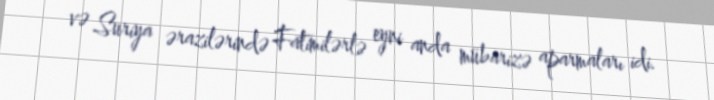
və Suriya ərazilərində Fatimilərlə eyni anda mübarizə aparmaları idi.